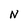
Character: N